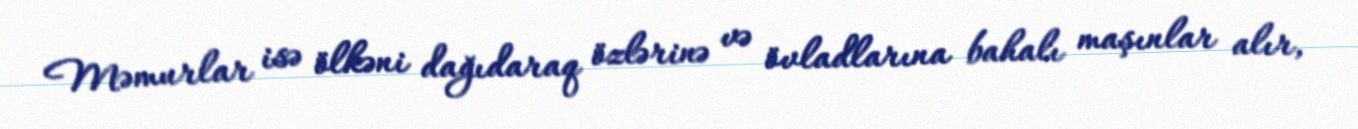
Məmurlar isə ölkəni dağıdaraq özlərinə və övladlarına bahalı maşınlar alır,